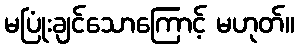
မပြုံးချင်သောကြောင့် မဟုတ်။